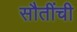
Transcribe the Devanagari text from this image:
सौतींची